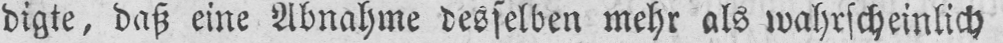
digte, daß eine Abnahme desselben mehr als wahrscheinlich